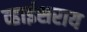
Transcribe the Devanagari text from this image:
व्हाईसराय